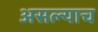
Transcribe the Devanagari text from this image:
असल्याच